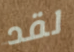
لقد